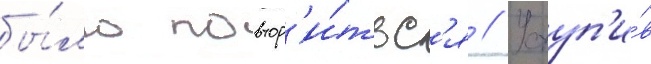
бы́ло повтор'и́тьс'я // Уступ'и́в